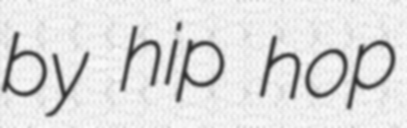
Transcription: by hip hop